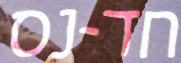
חד-נס